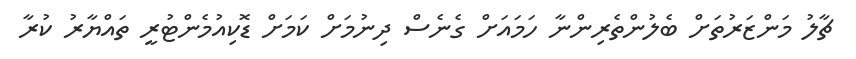
ޗާލު މަންޒަރުތަށް ބެލުންތެރިންނާ ހަމައަށް ގެނެސް ދިނުމަށް ކަމަށް ޑޮކިއުމެންޓުރީ ތައްޔާރު ކުރާ